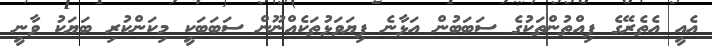
އެއީ އެތެރޭގެ ފިއްތުންތަކުގެ ސަބަބުން އަޅާނެ ފިޔަވަޅުތަކެއްނޫން ސަބަބަކީ މިކަންކުރި ބަޔަކު ވާނީ